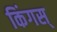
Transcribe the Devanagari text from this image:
किंगस्